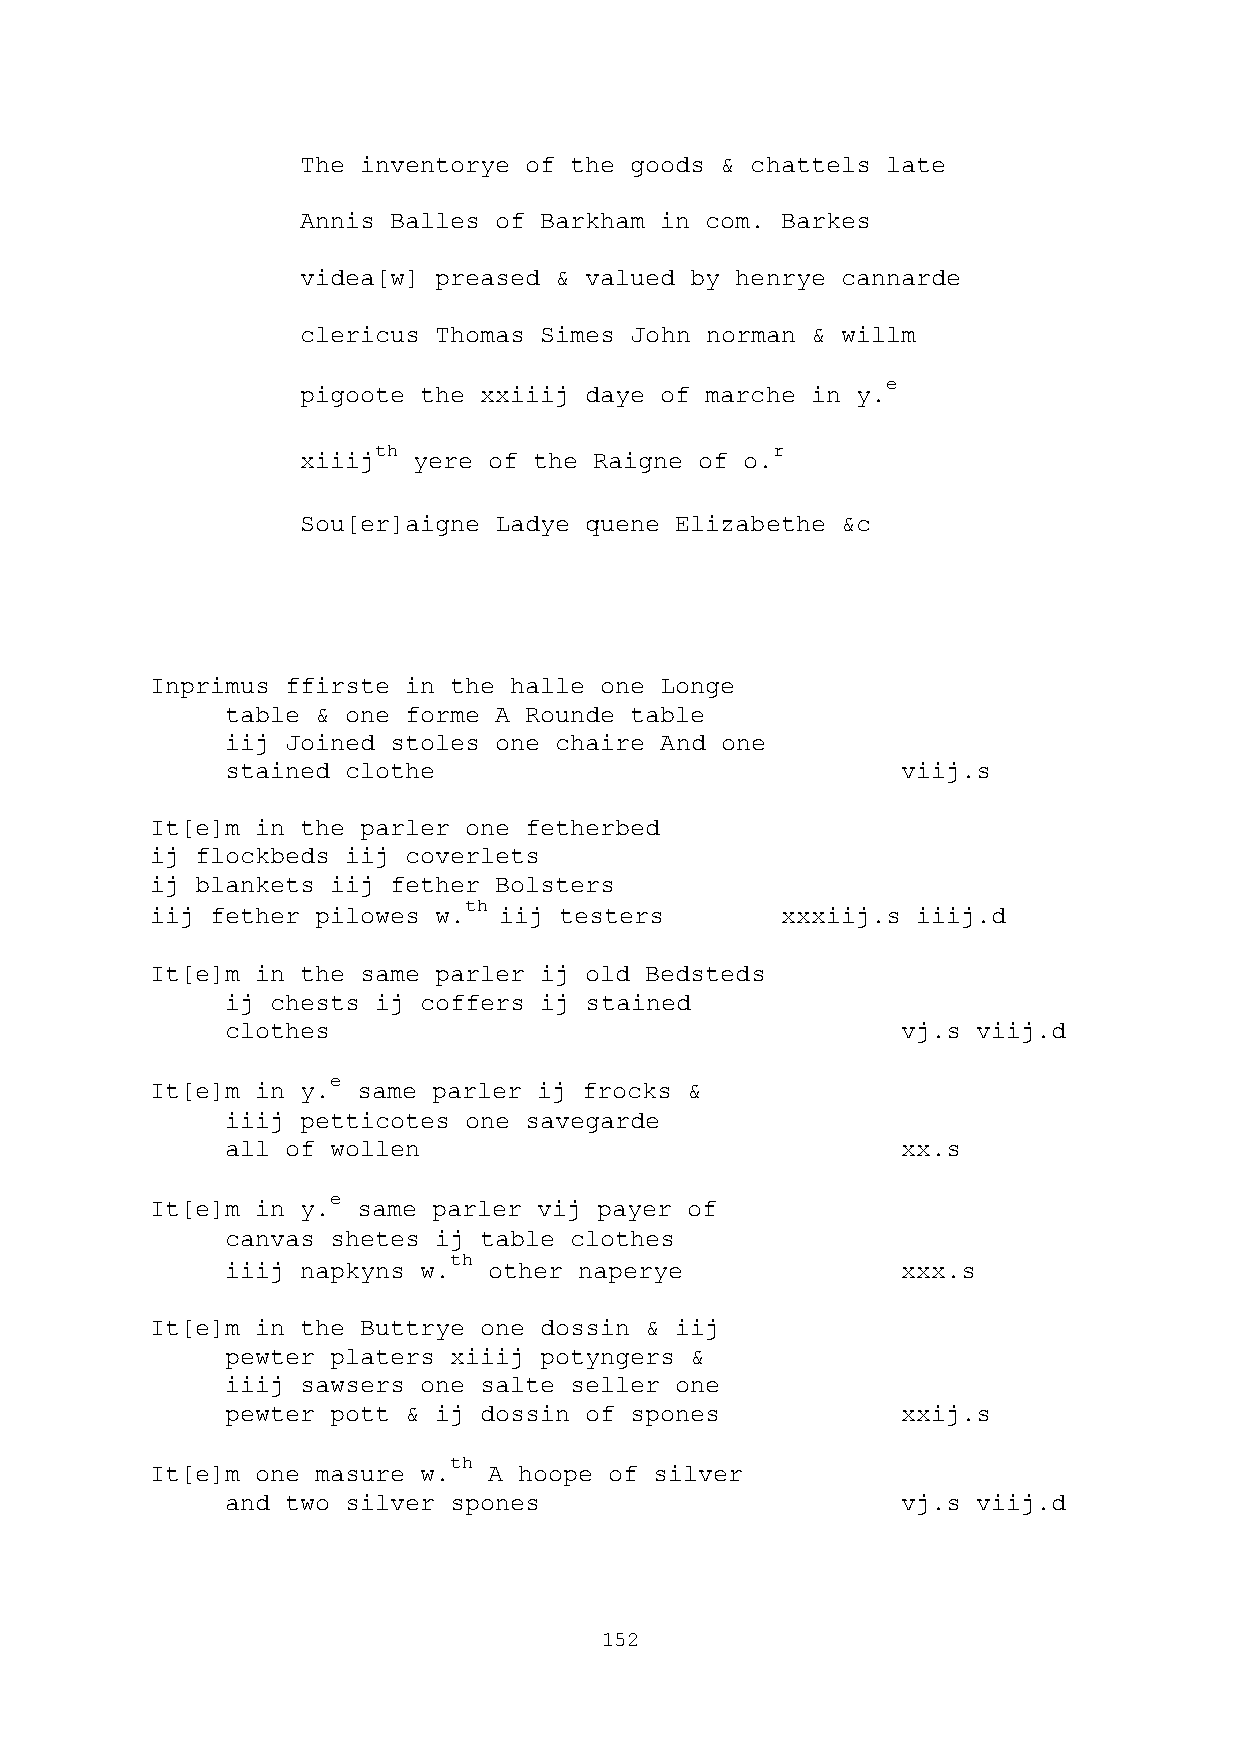
The inventorye of the goods & chattels late
 Annis Balles of Barkham in com. Barkes
 videa[w] preased & valued by henrye cannarde
 clericus Thomas Simes John norman & willm
 e
 pigoote the xxiiij daye of marche in y.
 th                        r
 xiiij  yere of the Raigne of o.
 Sou[er]aigne Ladye quene Elizabethe &c
 Inprimus ffirste in the halle one Longe
 table & one forme A Rounde table
 iij Joined stoles one chaire And one
 stained clothe                               viij.s
 It[e]m in the parler one fetherbed
 ij flockbeds iij coverlets
 ij blankets iij fether Bolsters
 th
 iij fether pilowes w.  iij testers        xxxiij.s iiij.d
 It[e]m in the same parler ij old Bedsteds
 ij chests ij coffers ij stained
 clothes                                      vj.s viij.d
 e
 It[e]m in y.  same parler ij frocks &
 iiij petticotes one savegarde
 all of wollen                                xx.s
 e
 It[e]m in y.  same parler vij payer of
 canvas shetes ij table clothes
 th
 iiij napkyns w.  other naperye               xxx.s
 It[e]m in the Buttrye one dossin & iij
 pewter platers xiiij potyngers &
 iiij sawsers one salte seller one
 pewter pott & ij dossin of spones            xxij.s
 th
 It[e]m one masure w.  A hoope of silver
 and two silver spones                        vj.s viij.d
 152